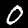
Label: 0